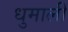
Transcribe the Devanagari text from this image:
धुमाली